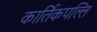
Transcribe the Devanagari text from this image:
कार्तिकपल्लि